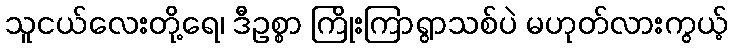
သူငယ်လေးတို့ရေ၊ ဒီဥစ္စာ ကြိုးကြာရွာသစ်ပဲ မဟုတ်လားကွယ့်